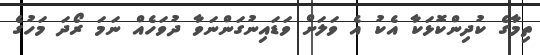
ތިމާގެ ކުދިންކޮޅަކާ އެކު އެ ވަލަށް ވަޑައިނުގަންނަވާ ދުވަހެއް ނަމަ ރޯދަ މަހުގެ